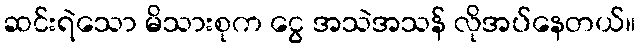
ဆင်းရဲသော မိသားစုက ငွေ အသဲအသန် လိုအပ်နေတယ်။